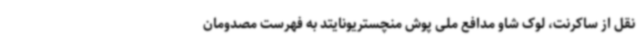
نقل از ساکرنت، لوک شاو مدافع ملی پوش منچستریونایتد به فهرست مصدومان